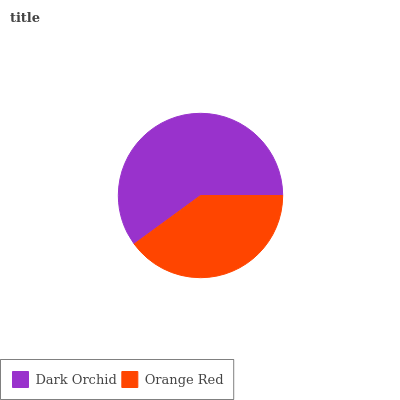
| Dark Orchid | Orange Red |
 | --- | --- |
 | 60% | 40% |